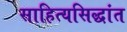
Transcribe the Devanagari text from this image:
साहित्यसिद्धांत